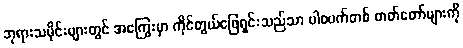
ဘုရားသမိုင်းများတွင် အကြွေးမှာ ကိုင်တွယ်ဖြေရှင်းသည်သာ ပါစပက်တစ် ဓာတ်တော်များကို